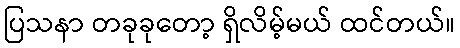
ပြသနာ တခုခုတော့ ရှိလိမ့်မယ် ထင်တယ်။